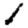
Digit: 1